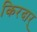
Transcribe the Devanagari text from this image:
किरदार्